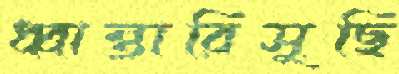
ধ্বান্তারিসুছি